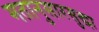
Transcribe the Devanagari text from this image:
मतानुसारसुद्धा